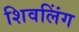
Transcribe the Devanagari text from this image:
शिवलिंंग